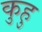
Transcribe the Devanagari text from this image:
कुहु